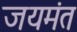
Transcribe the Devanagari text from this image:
जयमंत